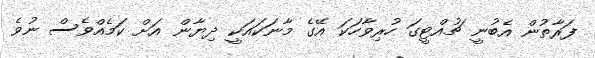
ފަރާތުން އެބުނީ ޗުއްޓީގަ ހުރިވާހަކަ އޭގެ މާނަކައަކީ ދިޔާން އަށް ކަމެއްވެސް ނުވެ